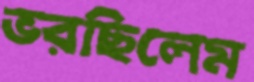
ভরছিলেম